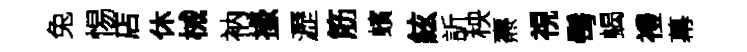
兔惕店休械衲掾瀝筋蠙絃訢秧燾視髩蝎禮幕